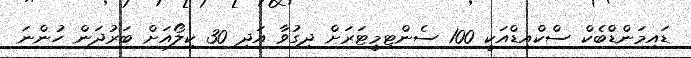
ޑައިމަންޑްބެކް ސްކްއިޑްއަކީ 100 ސެންޓިމީޓަރަށް ދިގުވާ އަދި 30 ކިލޯއަށް ބަރުދަން ހުންނަ